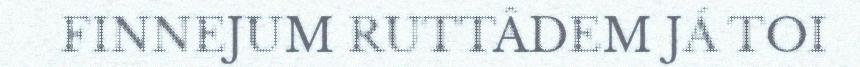
FINNEJUM RUTTÂDEM JÁ TOI